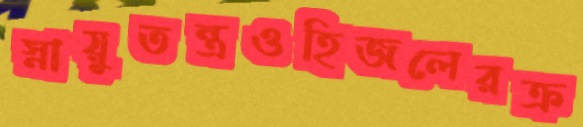
স্নায়ুতন্ত্রওহিজলেরক্র